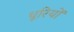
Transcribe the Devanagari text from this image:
धूरियों